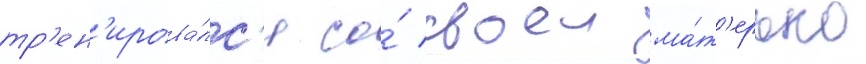
тр'ен'ирова́лс'я со́ своеи ма́т'ерью